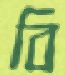
বি